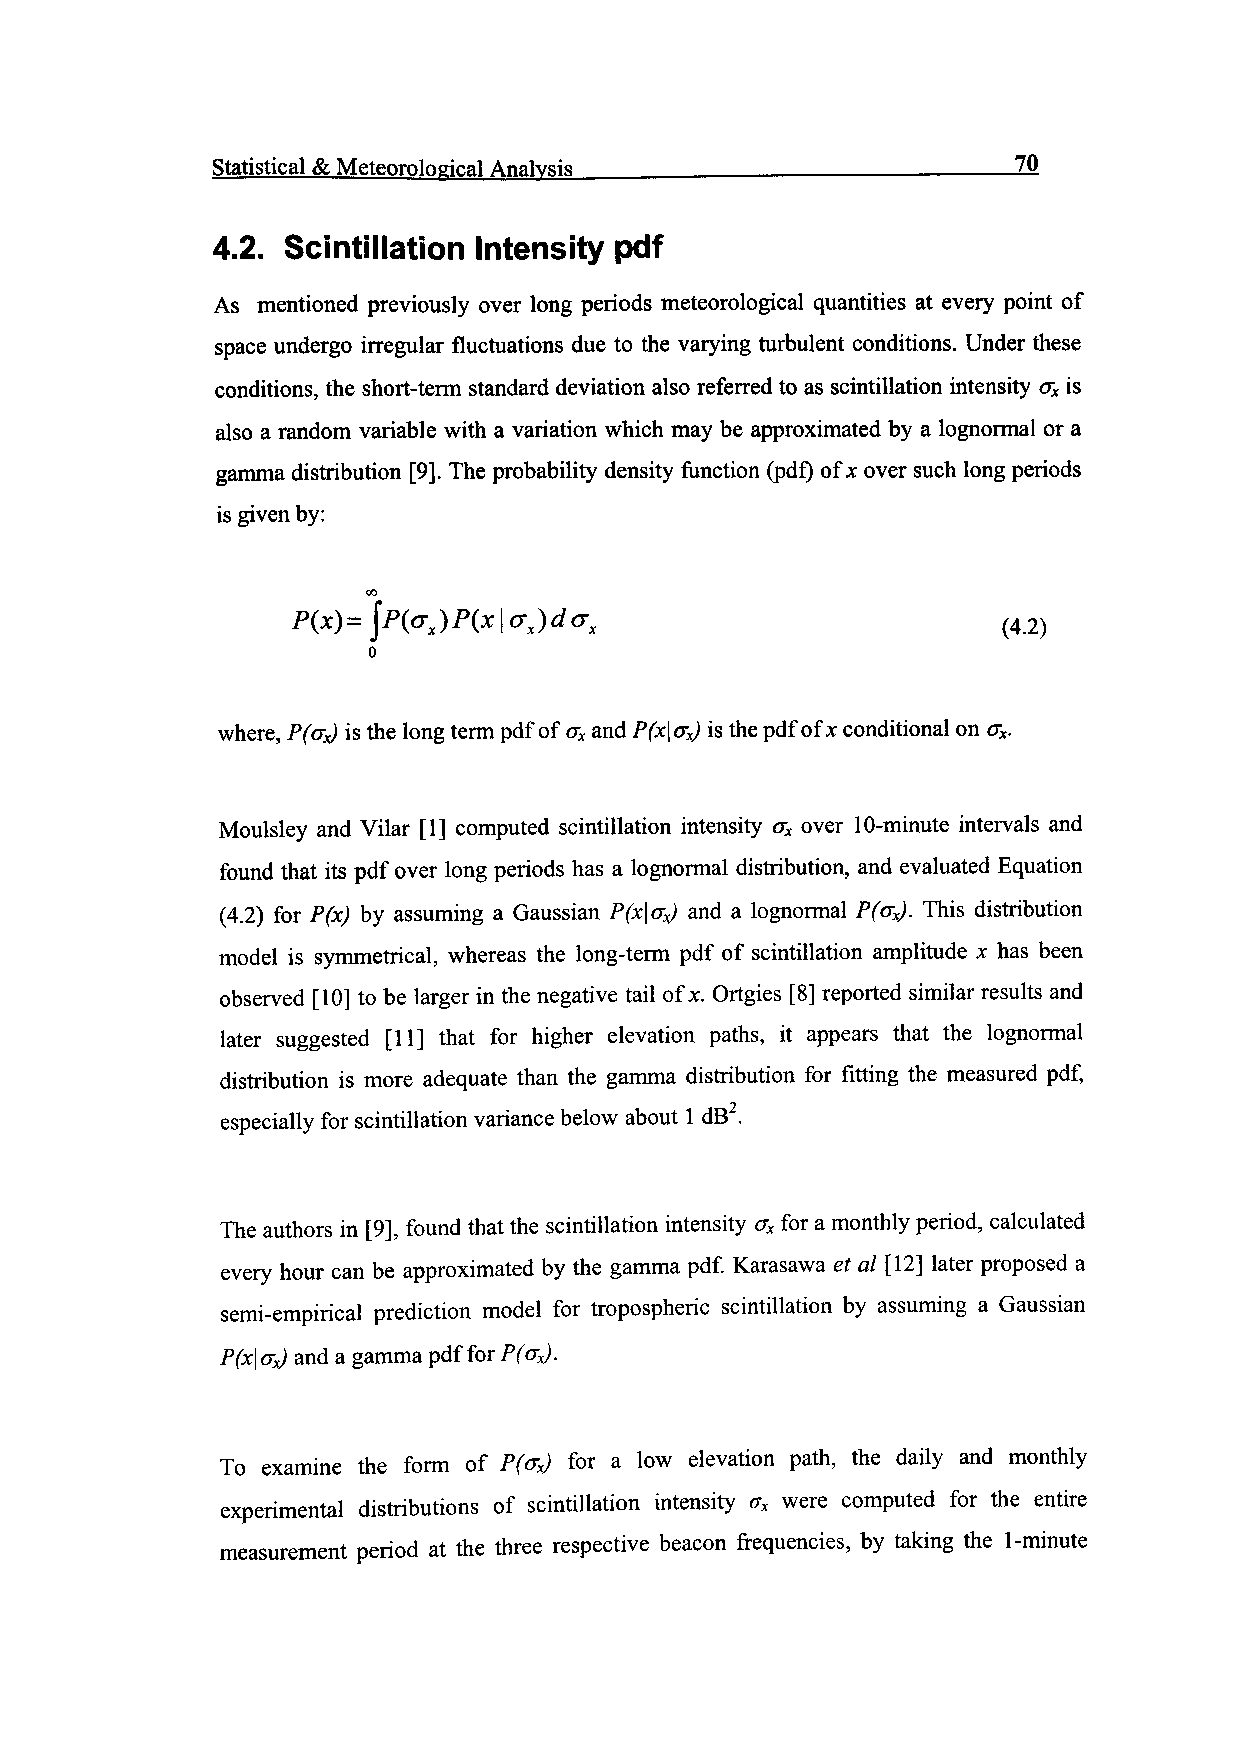
Statistical & Meteorological Analysis __________________________7 0
 4.2. Scintillation Intensity pdf
 As mentioned previously over long periods meteorological quantities at every point of
 space undergo irregular fluctuations due to the varying turbulent conditions. Under these
 conditions, the short-term standard deviation also referred to as scintillation intensity ax is
 also a random variable with a variation which may be approximated by a lognormal or a
 gamma distribution [9]. The probability density function (pdf) of x over such long periods
 is given by:
 (42)
 where, P(a*) is the long term pdf of crx and P(x a*) is the pdf of x conditional on crx.
 Moulsley and Vilar [1] computed scintillation intensity crx over 10-minute intervals and
 found that its pdf over long periods has a lognormal distribution, and evaluated Equation
 (4.2) for P(x) by assuming a Gaussian P(x\(7x) and a lognormal P(crx). This distribution
 model is symmetrical, whereas the long-term pdf of scintillation amplitude x has been
 observed [10] to be larger in the negative tail of x. Ortgies [8] reported similar results and
 later suggested [11] that for higher elevation paths, it appears that the lognormal
 distribution is more adequate than the gamma distribution for fitting the measured pdf,
 especially for scintillation variance below about 1 dB2.
 The authors in [9], found that the scintillation intensity crx for a monthly period, calculated
 every hour can be approximated by the gamma pdf. Karasawa et al [12] later proposed a
 semi-empirical prediction model for tropospheric scintillation by assuming a Gaussian
 P(x\ ax) and a gamma pdf for P(crx).
 To examine the form of P(crx) for a low elevation path, the daily and monthly
 experimental distributions of scintillation intensity ax were computed for the entire
 measurement period at the three respective beacon frequencies, by taking the 1 -minute